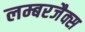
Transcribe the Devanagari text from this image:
लम्बरजैक्स